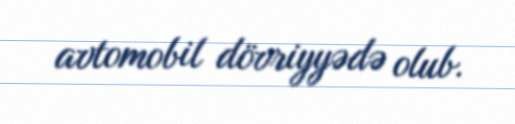
avtomobil dövriyyədə olub.